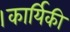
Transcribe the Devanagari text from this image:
।कार्यिकी